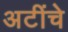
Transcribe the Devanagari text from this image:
अटींचे